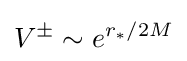
V^{\pm }\sim e^{r_{*}/2M}